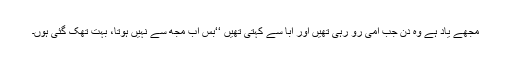
مجھے یاد ہے وہ دن جب امی رو رہی تھیں اور ابا سے کہتی تھیں ‘‘بس اب مجھ سے نہیں ہوتا، بہت تھک گئی ہوں۔